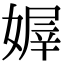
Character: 𡟭